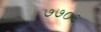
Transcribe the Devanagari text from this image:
७७०६